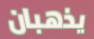
يذهبان